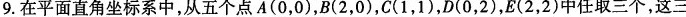
9.在平面直角坐标系中，从五个点A(0，0)，B(2，0)，C(1，1)，D(O，2)，E(2，2)中任取三个，这三